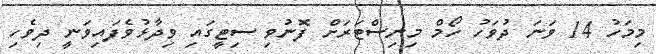
މިމަހު 14 ވަނަ ދުވަހު ހޯމް މިނިސްޓަރަށް ފޮނުވި ސިޓީގައި ވިދާޅުވެފައިވަނީ ދިވެހި